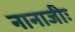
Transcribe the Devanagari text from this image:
नानाजीः